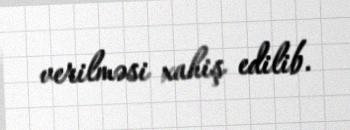
verilməsi xahiş edilib.